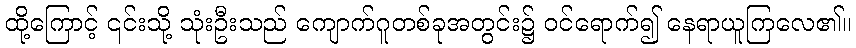
ထို့ကြောင့် ၎င်းသို့ သုံးဦးသည် ကျောက်ဂူတစ်ခုအတွင်း၌ ဝင်ရောက်၍ နေရာယူကြလေ၏။